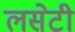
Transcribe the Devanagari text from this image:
लसेटी